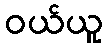
ဝယ်ယူ